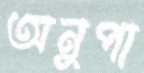
অনুপা